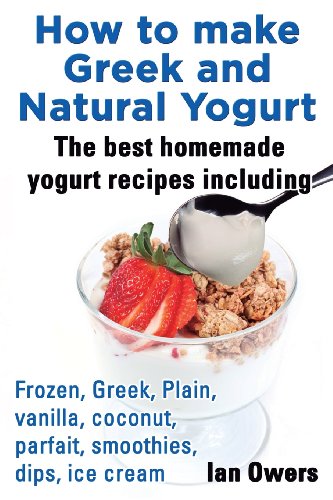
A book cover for How to Make Greek and Natural Yogurt, the Best Homemade Yogurt Recipes Including Frozen, Greek, Plain, Vanilla, Coconut, Parfait, Smoothies, Dips & IC; Ian Owers; Cookbooks, Food & Wine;